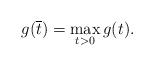
LaTeX: \begin{align*}g(\overline{t})=\mathop{\max}\limits_{t>0}g(t).\end{align*}